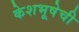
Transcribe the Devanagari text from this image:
केशभूषेची